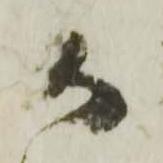
か